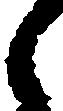
々